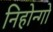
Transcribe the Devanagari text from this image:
निहोन्गो